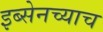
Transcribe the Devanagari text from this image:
इब्सेनच्याच